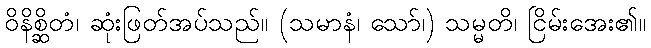
ဝိနိစ္ဆိတံ၊ ဆုံးဖြတ်အပ်သည်။ (သမာနံ၊ သော်၊) သမ္မတိ၊ ငြိမ်းအေး၏။